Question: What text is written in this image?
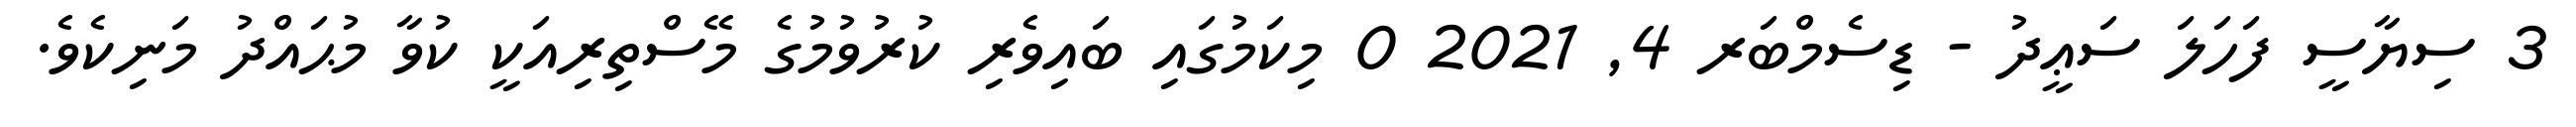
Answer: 3 ސިޔާސީ ފަހަލަ ސަޢީދު - ޑިސެމްބަރ 4, 2021 0 މިކަމުގައި ބައިވެރި ކުރުވުމުގެ މޭސްތިރިއަކީ ކުވާ މުޙައްދު މަނިކެވެ.